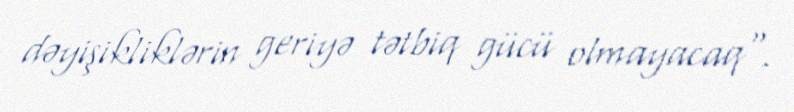
dəyişikliklərin geriyə tətbiq gücü olmayacaq".